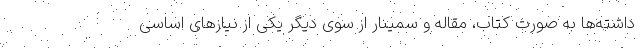
داشته‌ها به صورت کتاب، مقاله و سمینار از سوی دیگر یکی از نیازهای اساسی